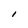
Character: I